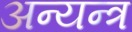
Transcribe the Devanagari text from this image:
अन्यन्त्र